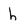
Character: h